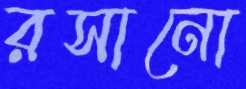
রসানো